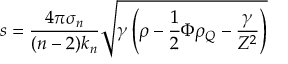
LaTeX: s = \frac { 4 \pi \sigma _ { n } } { ( n - 2 ) k _ { n } } \sqrt { \gamma \left( \rho - \frac { 1 } { 2 } \Phi \rho _ { Q } - \frac { \gamma } { Z ^ { 2 } } \right) }